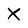
Character: X